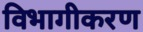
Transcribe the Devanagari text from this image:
विभागीकरण